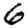
Digit: 6